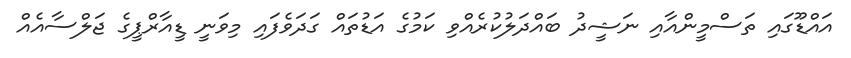
އައްޑޫގައި ތަސްމީންއާއި ނަޝީދު ބައްދަލުކުރެއްވި ކަމުގެ އަޑުތައް ގަދަވެފައި މިވަނީ ޑީއާރްޕީގެ ޖަލްސާއެއް